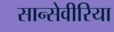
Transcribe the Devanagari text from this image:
सान्सेवीरिया